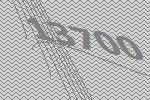
13700